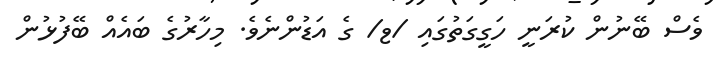
ވެސް ބޭނުން ކުރަނީ ހަގީގަތުގައި /ޱ/ ގެ އަޑުންނެވެ. މިހާރުގެ ބައެއް ބޭފުޅުން